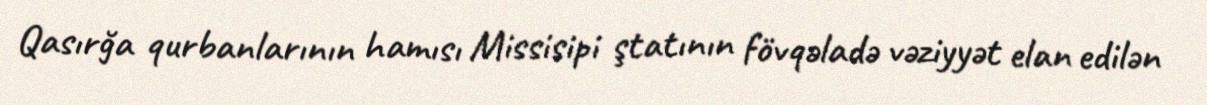
Qasırğa qurbanlarının hamısı Missisipi ştatının fövqəladə vəziyyət elan edilən